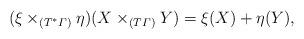
LaTeX: \begin{align*}(\xi \times_{(T^*\varGamma)} \eta) (X \times_{(T\varGamma)} Y)= \xi (X) + \eta(Y),\end{align*}